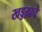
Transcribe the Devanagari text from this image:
खड्डय़ाचे